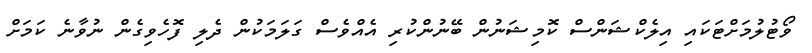
ވޯޓުލުމަށްޓަކައި އިލެކްޝަންސް ކޮމިޝަނުން ބޭނުންކުރި އެއްވެސް ގަލަމަކުން ދެލި ފޮހެވިގެން ނުވާނެ ކަމަށް